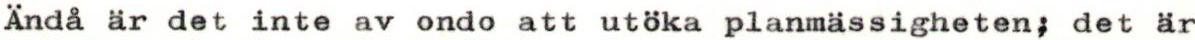
Ändå är det inte av ondo att utöka planmässigheten, det är